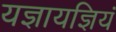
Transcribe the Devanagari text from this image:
यज्ञायज्ञियं